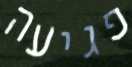
פגיעה